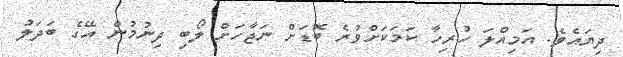
ދިޔައެވެ. އަމިއްލަ ހުރިހާ ކަމަކަށްވުރެ ބޮޑަށް ނަޖާހަށް ލޯބި ދިނުމުން އޭގެ ބަދަލު